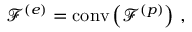
\mathcal { F } ^ { ( e ) } = \mathrm { c o n v } \left( \mathcal { F } ^ { ( p ) } \right) \, ,